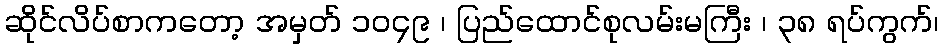
ဆိုင်လိပ်စာကတော့ အမှတ် ၁၀၄၉ ၊ ပြည်ထောင်စုလမ်းမကြီး ၊ ၃၈ ရပ်ကွက်၊